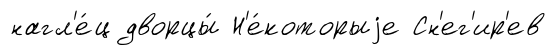
нагл'е́ц дворцы́ Н'е́которыjе Сн'ег'ир'ев